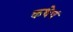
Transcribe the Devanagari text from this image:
कथेचं